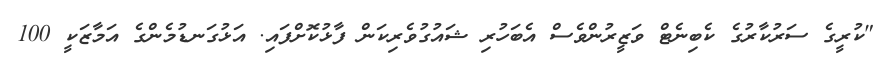
"ކުރީގެ ސަރުކާރުގެ ކެބިނެޓް ވަޒީރުންވެސް އެބަހުރި ޝައުގުވެރިކަން ފާޅުކޮށްފައި. އަޅުގަނޑުމެންގެ އަމާޒަކީ 100